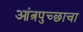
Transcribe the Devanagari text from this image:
आंत्रपुच्छाचा